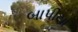
બાપીયા